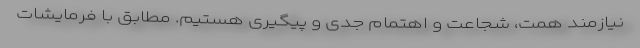
نیازمند همت، شجاعت و اهتمام جدی و پیگیری هستیم. مطابق با فرمایشات